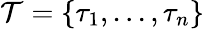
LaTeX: \mathcal{T}=\{ \tau_{1},...,\tau_{n}\}